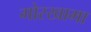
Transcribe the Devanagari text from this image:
गोरखामा